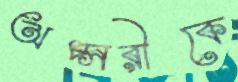
অপ্সরীকে